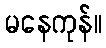
မနေကုန်။